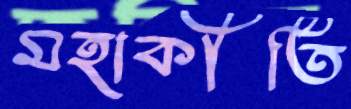
মহাকীর্তি